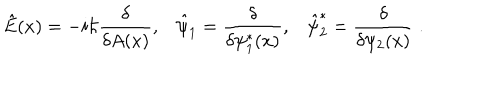
\hat { E } ( x ) = - i \hbar \frac { \delta } { \delta A ( x ) } , \hat { \psi } _ { 1 } = \frac { \delta } { \delta \psi _ { 1 } ^ { * } ( x ) } , \hat { \psi } _ { 2 } ^ { * } = \frac { \delta } { \delta \psi _ { 2 } ( x ) } \; .